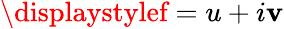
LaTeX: \displaystylef=u+i\mathbf{v}